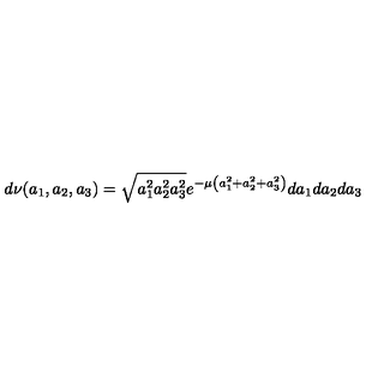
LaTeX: d \nu ( a _ { 1 } , a _ { 2 } , a _ { 3 } ) = \sqrt { a _ { 1 } ^ { 2 } a _ { 2 } ^ { 2 } a _ { 3 } ^ { 2 } } e ^ { - \mu \left( a _ { 1 } ^ { 2 } + a _ { 2 } ^ { 2 } + a _ { 3 } ^ { 2 } \right) } d a _ { 1 } d a _ { 2 } d a _ { 3 }